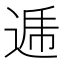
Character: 逓